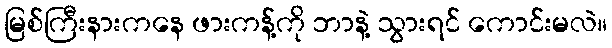
မြစ်ကြီးနားကနေ ဖားကန့်ကို ဘာနဲ့ သွားရင် ကောင်းမလဲ။